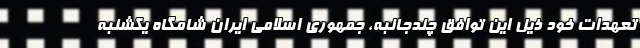
تعهدات خود ذیل این توافق چندجانبه، جمهوری اسلامی ایران شامگاه یکشنبه